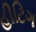
હીટિગ